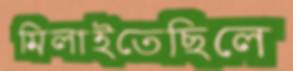
মিলাইতেছিলে